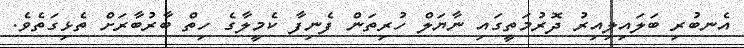
އެނބުރި ބަލައިލިއިރު ދޮރުމަތީގައި ނާޔަލް ހުރިތަން ފެނިފާ ކެމީލާގެ ހިތް ބާރުބާރަށް ތެޅިގަތެވެ.